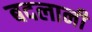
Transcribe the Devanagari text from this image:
बदलानी